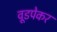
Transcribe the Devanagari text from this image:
वूडपेकर